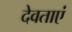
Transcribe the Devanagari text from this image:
देवताएं